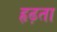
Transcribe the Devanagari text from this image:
हृढ़ता